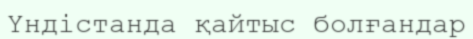
Үндістанда қайтыс болғандар